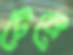
টেকে